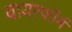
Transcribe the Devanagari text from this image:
वायरफॉर्म